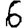
Digit: 6